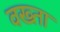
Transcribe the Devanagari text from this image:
वख्‍ता